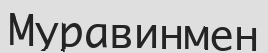
Муравинмен